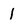
Character: 1